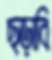
ছড়াবি